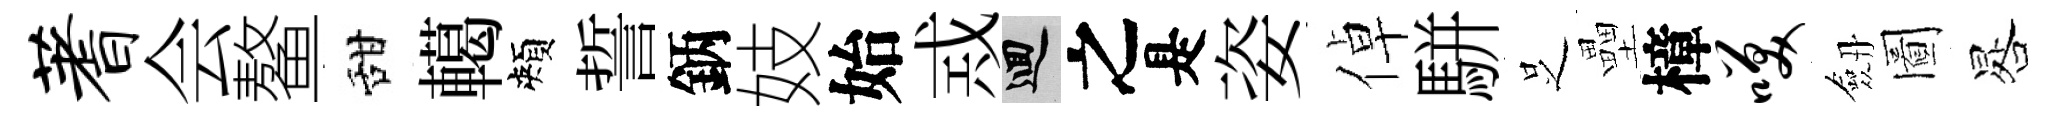
蓍会鳌甜轕頰誓鈵妓始𢦶回之是姿倬駢𠯁壘樟笑劔圖晷